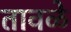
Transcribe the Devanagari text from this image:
तावळे